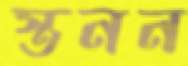
স্তনন